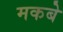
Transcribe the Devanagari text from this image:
मकबे